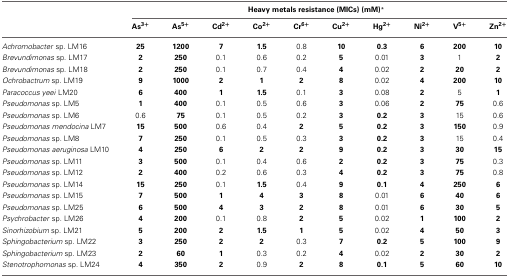
<table><thead><tr><td></td><td colspan="10"><b>Heavy metals resistance (MICs) (mM)<sup>*</sup></b></td></tr><tr><td></td><td><b>As<sup>3+</sup></b></td><td><b>As<sup>5+</sup></b></td><td><b>Cd<sup>2+</sup></b></td><td><b>Co<sup>2+</sup></b></td><td><b>Cr<sup>6+</sup></b></td><td><b>Cu<sup>2+</sup></b></td><td><b>Hg<sup>2+</sup></b></td><td><b>Ni<sup>2+</sup></b></td><td><b>V<sup>5+</sup></b></td><td><b>Zn<sup>2+</sup></b></td></tr></thead><tbody><tr><td><i>Achromobacter</i> sp. LM16</td><td><b>25</b></td><td><b>1200</b></td><td><b>7</b></td><td><b>1.5</b></td><td>0.8</td><td><b>10</b></td><td><b>0.3</b></td><td><b>6</b></td><td><b>200</b></td><td><b>10</b></td></tr><tr><td><i>Brevundimonas</i> sp. LM17</td><td><b>2</b></td><td><b>250</b></td><td>0.1</td><td>0.6</td><td>0.2</td><td><b>5</b></td><td>0.01</td><td><b>3</b></td><td>1</td><td><b>2</b></td></tr><tr><td><i>Brevundimonas</i> sp. LM18</td><td><b>2</b></td><td><b>250</b></td><td>0.1</td><td>0.7</td><td>0.4</td><td><b>4</b></td><td>0.02</td><td><b>2</b></td><td><b>20</b></td><td><b>2</b></td></tr><tr><td><i>Ochrobactrum</i> sp. LM19</td><td><b>9</b></td><td><b>1000</b></td><td><b>2</b></td><td><b>1</b></td><td><b>2</b></td><td><b>8</b></td><td>0.02</td><td><b>4</b></td><td><b>200</b></td><td><b>10</b></td></tr><tr><td><i>Paracoccus yeei</i> LM20</td><td><b>6</b></td><td><b>400</b></td><td><b>1</b></td><td><b>1.5</b></td><td>0.1</td><td><b>3</b></td><td>0.08</td><td><b>2</b></td><td>5</td><td><b>1</b></td></tr><tr><td><i>Pseudomonas</i> sp. LM5</td><td><b>1</b></td><td><b>400</b></td><td>0.1</td><td>0.5</td><td>0.6</td><td><b>3</b></td><td>0.06</td><td><b>2</b></td><td><b>75</b></td><td>0.6</td></tr><tr><td><i>Pseudomonas</i> sp. LM6</td><td>0.6</td><td><b>75</b></td><td>0.1</td><td>0.5</td><td>0.2</td><td><b>3</b></td><td><b>0.2</b></td><td><b>3</b></td><td>15</td><td>0.6</td></tr><tr><td><i>Pseudomonas mendocina</i> LM7</td><td><b>15</b></td><td><b>500</b></td><td>0.6</td><td>0.4</td><td><b>2</b></td><td><b>5</b></td><td><b>0.2</b></td><td><b>3</b></td><td><b>150</b></td><td>0.9</td></tr><tr><td><i>Pseudomonas</i> sp. LM8</td><td><b>7</b></td><td><b>250</b></td><td>0.1</td><td>0.5</td><td>0.3</td><td><b>3</b></td><td><b>0.2</b></td><td><b>3</b></td><td>15</td><td>0.4</td></tr><tr><td><i>Pseudomonas aeruginosa</i> LM10</td><td><b>4</b></td><td><b>250</b></td><td><b>6</b></td><td><b>2</b></td><td><b>2</b></td><td><b>9</b></td><td><b>0.2</b></td><td><b>3</b></td><td><b>30</b></td><td><b>15</b></td></tr><tr><td><i>Pseudomonas</i> sp. LM11</td><td><b>3</b></td><td><b>500</b></td><td>0.1</td><td>0.4</td><td>0.6</td><td><b>2</b></td><td><b>0.2</b></td><td><b>3</b></td><td><b>75</b></td><td>0.3</td></tr><tr><td><i>Pseudomonas</i> sp. LM12</td><td><b>2</b></td><td><b>400</b></td><td>0.2</td><td>0.6</td><td>0.3</td><td><b>4</b></td><td><b>0.2</b></td><td><b>3</b></td><td><b>75</b></td><td>0.8</td></tr><tr><td><i>Pseudomonas</i> sp. LM14</td><td><b>15</b></td><td><b>250</b></td><td>0.1</td><td><b>1.5</b></td><td>0.4</td><td><b>9</b></td><td><b>0.1</b></td><td><b>4</b></td><td><b>250</b></td><td><b>6</b></td></tr><tr><td><i>Pseudomonas</i> sp. LM15</td><td><b>7</b></td><td><b>500</b></td><td><b>1</b></td><td><b>4</b></td><td><b>3</b></td><td><b>8</b></td><td>0.01</td><td><b>6</b></td><td><b>40</b></td><td><b>6</b></td></tr><tr><td><i>Pseudomonas</i> sp. LM25</td><td><b>6</b></td><td><b>500</b></td><td><b>4</b></td><td><b>3</b></td><td><b>2</b></td><td><b>8</b></td><td>0.01</td><td><b>6</b></td><td><b>30</b></td><td><b>5</b></td></tr><tr><td><i>Psychrobacter</i> sp. LM26</td><td><b>4</b></td><td><b>200</b></td><td>0.1</td><td>0.8</td><td><b>2</b></td><td><b>5</b></td><td>0.02</td><td><b>1</b></td><td><b>100</b></td><td><b>2</b></td></tr><tr><td><i>Sinorhizobium</i> sp. LM21</td><td><b>5</b></td><td><b>200</b></td><td><b>2</b></td><td><b>1.5</b></td><td><b>1</b></td><td><b>5</b></td><td>0.02</td><td><b>4</b></td><td><b>50</b></td><td><b>3</b></td></tr><tr><td><i>Sphingobacterium</i> sp. LM22</td><td><b>3</b></td><td><b>250</b></td><td><b>2</b></td><td><b>2</b></td><td>0.3</td><td><b>7</b></td><td><b>0.2</b></td><td><b>5</b></td><td><b>100</b></td><td><b>9</b></td></tr><tr><td><i>Sphingobacterium</i> sp. LM23</td><td><b>2</b></td><td><b>60</b></td><td><b>1</b></td><td>0.3</td><td>0.2</td><td><b>4</b></td><td>0.02</td><td><b>2</b></td><td><b>30</b></td><td><b>2</b></td></tr><tr><td><i>Stenotrophomonas</i> sp. LM24</td><td><b>4</b></td><td><b>350</b></td><td><b>2</b></td><td>0.9</td><td><b>2</b></td><td><b>8</b></td><td><b>0.1</b></td><td><b>5</b></td><td><b>60</b></td><td><b>10</b></td></tr></tbody></table>